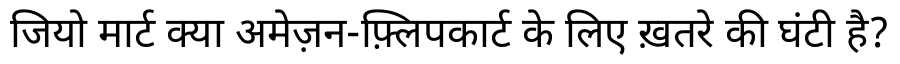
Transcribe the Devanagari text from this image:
जियो मार्ट क्या अमेज़न-फ़्लिपकार्ट के लिए ख़तरे की घंटी है?